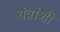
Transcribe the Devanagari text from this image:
यंत्रांशी